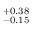
^ { + 0 . 3 8 } _ { - 0 . 1 5 }